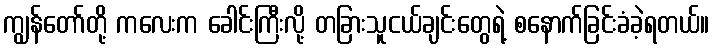
ကျွန်တော်တို့ ကလေးက ခေါင်းကြီးလို့ တခြားသူငယ်ချင်းတွေရဲ့ စနောက်ခြင်းခံခဲ့ရတယ်။